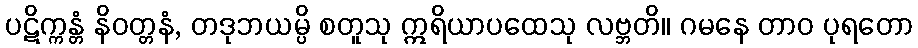
ပဋိက္ကန္တံ နိဝတ္တနံ, တဒုဘယမ္ပိ စတူသု ဣရိယာပထေသု လဗ္ဘတိ။ ဂမနေ တာဝ ပုရတော